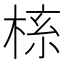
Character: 𬃎